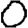
Digit: 0